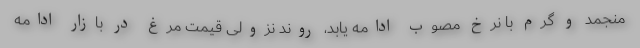
منجمد و گرم با نرخ مصوب ادامه یابد، روند نزولی قیمت مرغ در بازار ادامه